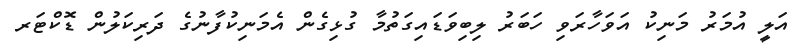
އަލީ އުމަރު މަނިކު އަވަހާރަވި ހަބަރު ލިބިވަޑައިގަތުމާ ގުޅިގެން އެމަނިކުފާނުގެ ދަރިކަލުން ޑޮކްޓަރ